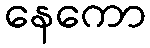
နေကော